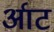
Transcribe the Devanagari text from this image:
र्आट